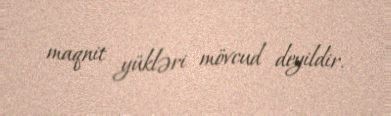
maqnit yükləri mövcud deyildir.